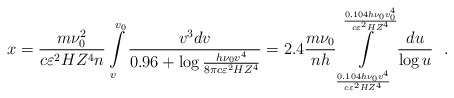
\begin{align*}x = \frac{m\nu _0 ^2}{c\varepsilon ^2HZ^4n}\int\limits_v^{v_0 } {\frac{v^3dv}{0.96 + \log \frac{h\nu _0 v^4}{8\pi c\varepsilon ^2HZ^4}}} = 2.4\frac{m\nu _0 }{nh}\int\limits_{\frac{0.104h\nu _0 v^4}{c\varepsilon ^2HZ^4}}^{\frac{0.104h\nu _0 v_0 ^4}{c\varepsilon ^2HZ^4}} {\frac{du}{\log u}} ~~.\end{align*}